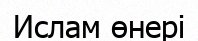
Ислам өнері